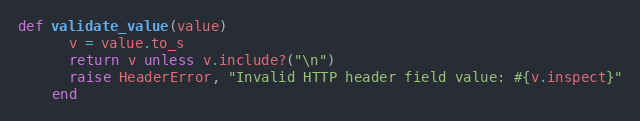
Language: Ruby
def validate_value(value)
      v = value.to_s
      return v unless v.include?("\n")
      raise HeaderError, "Invalid HTTP header field value: #{v.inspect}"
    end